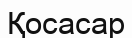
Қосасар